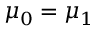
\mu _ { 0 } = \mu _ { 1 }